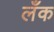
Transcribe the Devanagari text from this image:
लँक